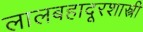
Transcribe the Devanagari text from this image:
लालबहादूरशास्त्री